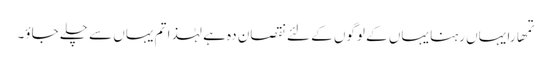
تمھارا یہاں رہنا یہاں کے لوگوں کے لئے نقصان دہ ہے لہٰذا تم یہاں سے چلے جاؤ۔